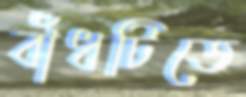
বাঁধটিতে